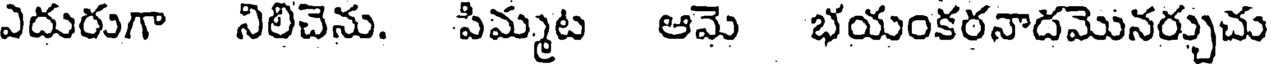
ఎదురుగా నిలిచెను. పిమ్మట ఆమె భయంకరనాదమొనర్చుచు